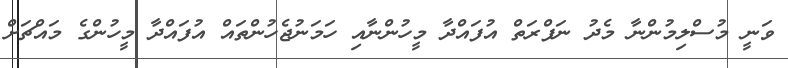
ވަނީ މުސްލިމުންނާ މެދު ނަފްރަތް އުފައްދާ މީހުންނާއި ހަމަނުޖެހުންތައް އުފައްދާ މީހުންގެ މައްޗަށް